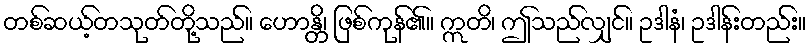
တစ်ဆယ့်တသုတ်တို့သည်။ ဟောန္တိ၊ ဖြစ်ကုန်၏။ ဣတိ၊ ဤသည်လျှင်။ ဥဒါနံ၊ ဥဒါန်းတည်း။